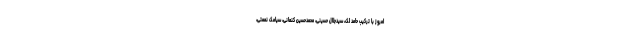
امروز با ترکیب حامد لک، سیدجلال حسینی، محمدحسین کنعانی، سیامک نعمتی،